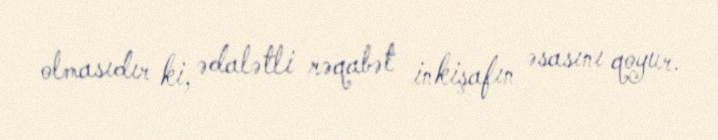
olmasıdır ki, ədalətli rəqabət inkişafın əsasını qoyur.